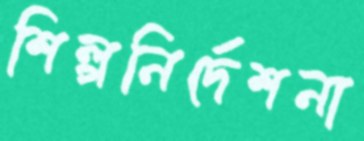
শিল্পনির্দেশনা